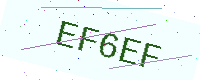
Text: EF6EF